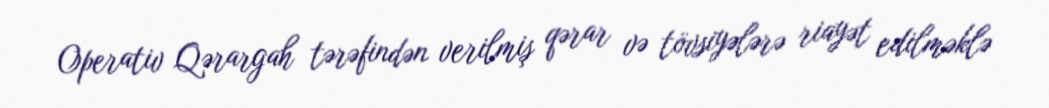
Operativ Qərargah tərəfindən verilmiş qərar və tövsiyələrə riayət edilməklə